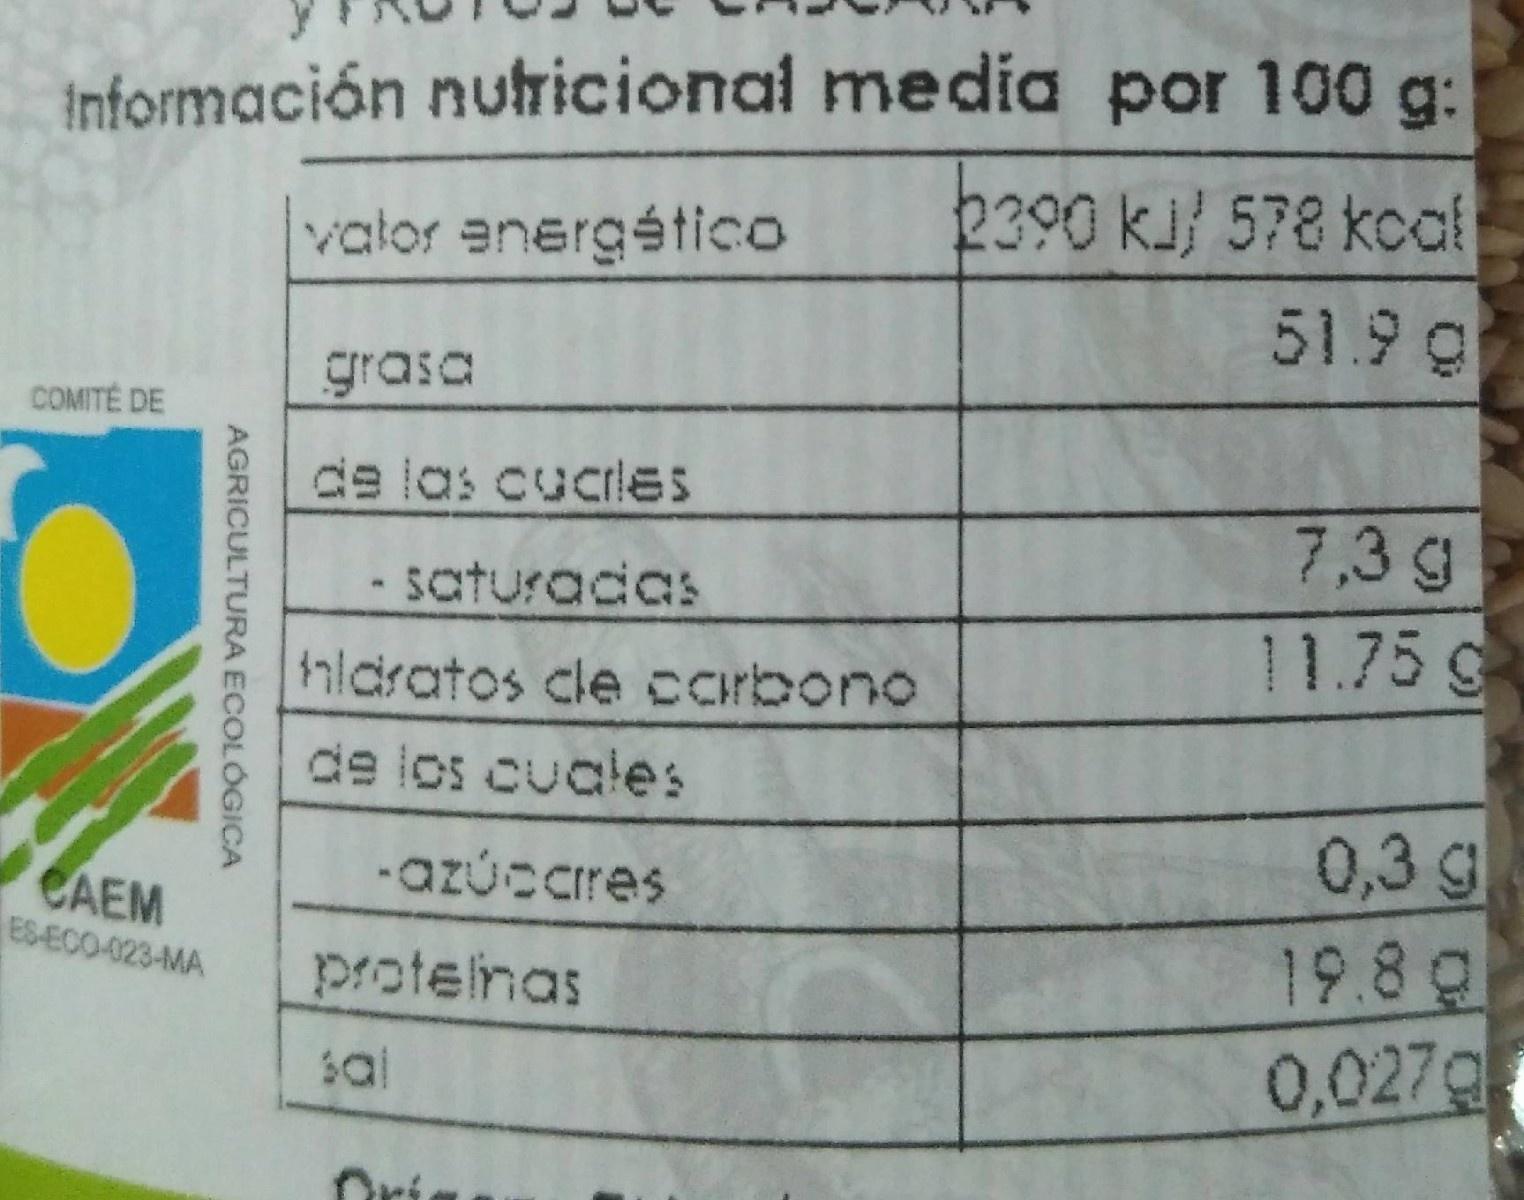
Información nutricional media por 100 g: 2390 kJ 578 kcal 51.9 g
valor energético
grasa
COMITÉ DE
de las cucries
7,3 g
- saturadas
11.75 g
hldratos cle corbono
de los cuales
0,3 g
-azúccres
CAEM ES-ECO-023-MA
19.8 g
proteinas
0,027g
Ori
AGRICULTURA ECOLÓGICA